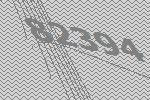
82394